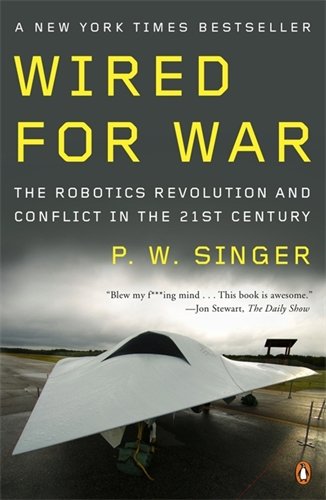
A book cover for Wired for War: The Robotics Revolution and Conflict in the 21st Century; P. W. Singer; Engineering & Transportation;